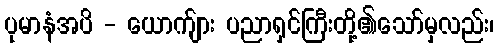
ပုမာနံအပိ - ယောက်ျား ပညာရှင်ကြီးတို့၏သော်မှလည်း၊